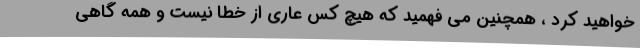
خواهید کرد ، همچنین می فهمید که هیچ کس عاری از خطا نیست و همه گاهی